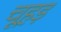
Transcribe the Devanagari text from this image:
चूहड़